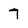
Character: 7